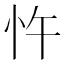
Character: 忤